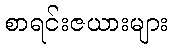
စာရင်းဇယားများ